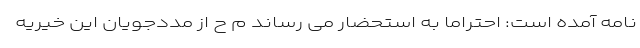
نامه آمده است: احتراماً به استحضار می رساند م ح از مددجویان این خیریه